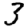
Digit: 3